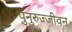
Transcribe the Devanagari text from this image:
पुनुरुज्जीवन